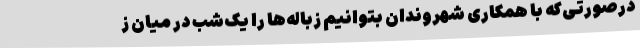
درصورتی‌که با همکاری شهروندان بتوانیم زباله‌ها را یک‌شب در میان ز